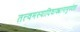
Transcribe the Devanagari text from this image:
तत्त्वमस्यादिवाक्यानामुपदेष्टा